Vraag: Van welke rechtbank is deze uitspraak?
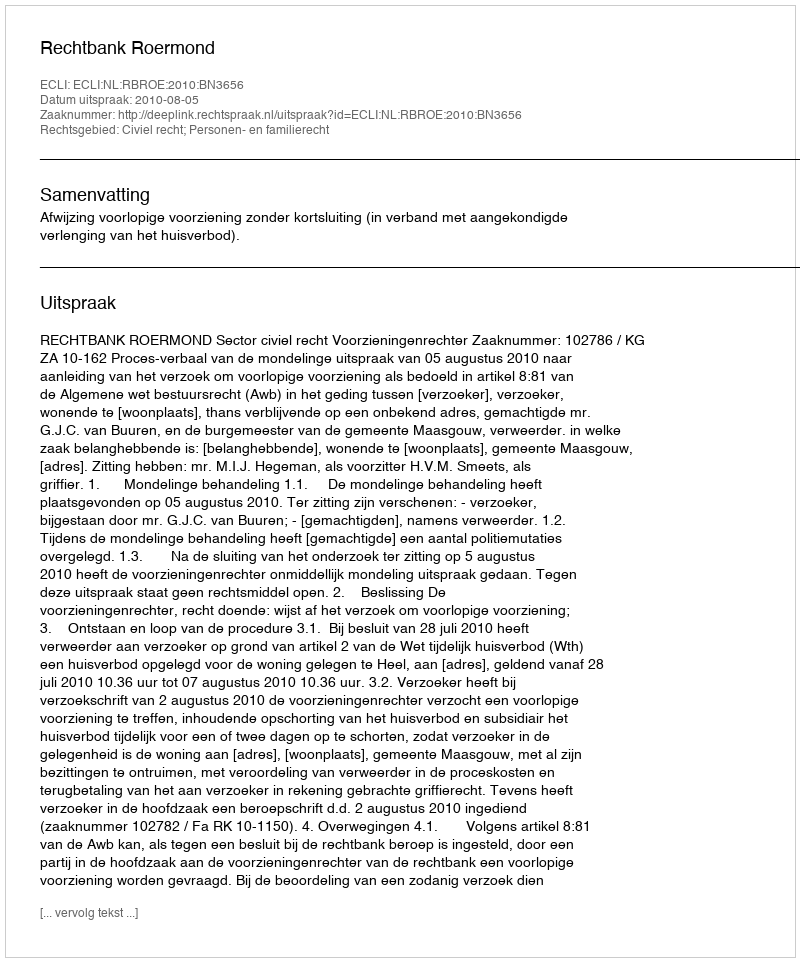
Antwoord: Rechtbank Roermond